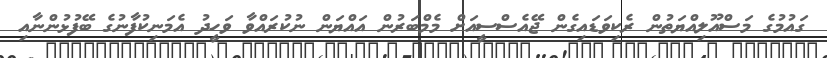
ގައުމުގެ މަސްއޫލިއްޔަތުން ރެކިވަޑައިގެން ޖޭއެސްސީއަށް މެމްބަރުން އައްޔަން ނުކުރައްވާ ވަހީދު އެމަނިކުފާނުގެ ބޭފުޅުންނާއި